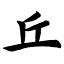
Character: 丘